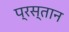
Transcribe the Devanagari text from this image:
प्रस्तान